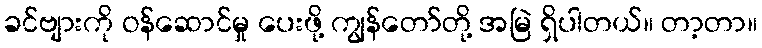
ခင်ဗျားကို ဝန်ဆောင်မှု ပေးဖို့ ကျွန်တော်တို့ အမြဲ ရှိပါတယ်။ တာ့တာ။